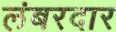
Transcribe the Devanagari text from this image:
लंबरदार